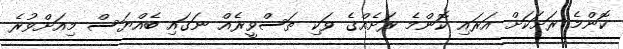
ކޮންމެ ރަށަކަށް އަރައި ކޮންމެ ރަށެއްގެ ވަކި ތަސްވީރެއް ނަގައި ބެއްޔަސް މިއަށްވުރެ